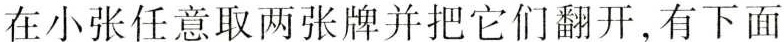
在小张任意取两张牌并把它们翻开，有下面